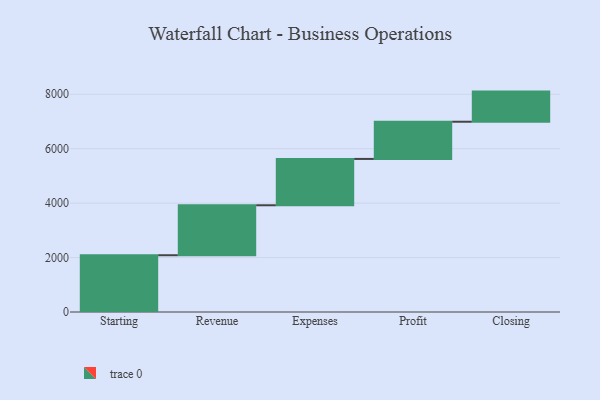
{"axis": {"x": "Step", "y": "Value"}, "legend": [""], "data": [{"x": "Starting", "y": 2086.0, "type": ""}, {"x": "Revenue", "y": 1836.0, "type": ""}, {"x": "Expenses", "y": 1703.0, "type": ""}, {"x": "Profit", "y": 1367.0, "type": ""}, {"x": "Closing", "y": 1107.0, "type": ""}]}